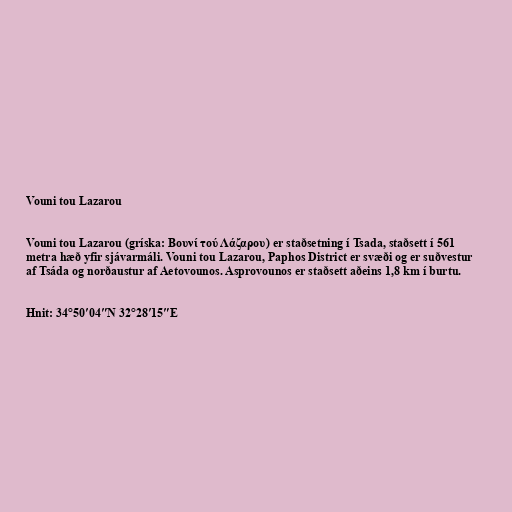
Vouni tou Lazarou

Vouni tou Lazarou (gríska: Βουνί τού Λάζαρου) er staðsetning í Tsada, staðsett í 561
metra hæð yfir sjávarmáli. Vouni tou Lazarou, Paphos District er svæði og er suðvestur
af Tsáda og norðaustur af Aetovounos. Asprovounos er staðsett aðeins 1,8 km í burtu.

Hnit: 34°50′04″N 32°28′15″E